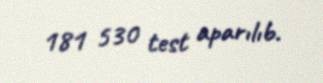
181 530 test aparılıb.